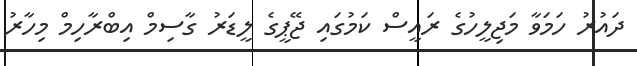
ދައުރު ހަމަވާ މަޖިލީހުގެ ރައީސް ކަމުގައި ޖޭޕީގެ ލީޑަރު ގާސިމް އިބްރާހިމް މިހާރު